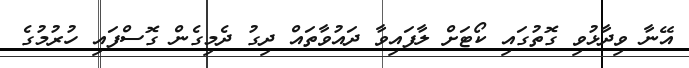
އޭނާ ވިދާޅުވި ގޮތުގައި ކޯޓަށް ލާފައިވާ ދައުވާތައް ދިގު ދެމިގެން ގޮސްފައި ހުރުމުގެ